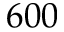
6 0 0